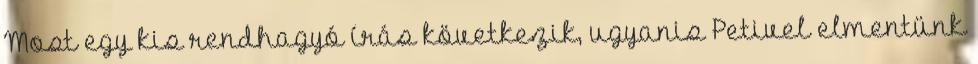
Most egy kis rendhagyó írás következik, ugyanis Petivel elmentünk